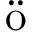
\ddot { \textrm { o } }